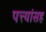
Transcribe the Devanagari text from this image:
पत्त्यांसह